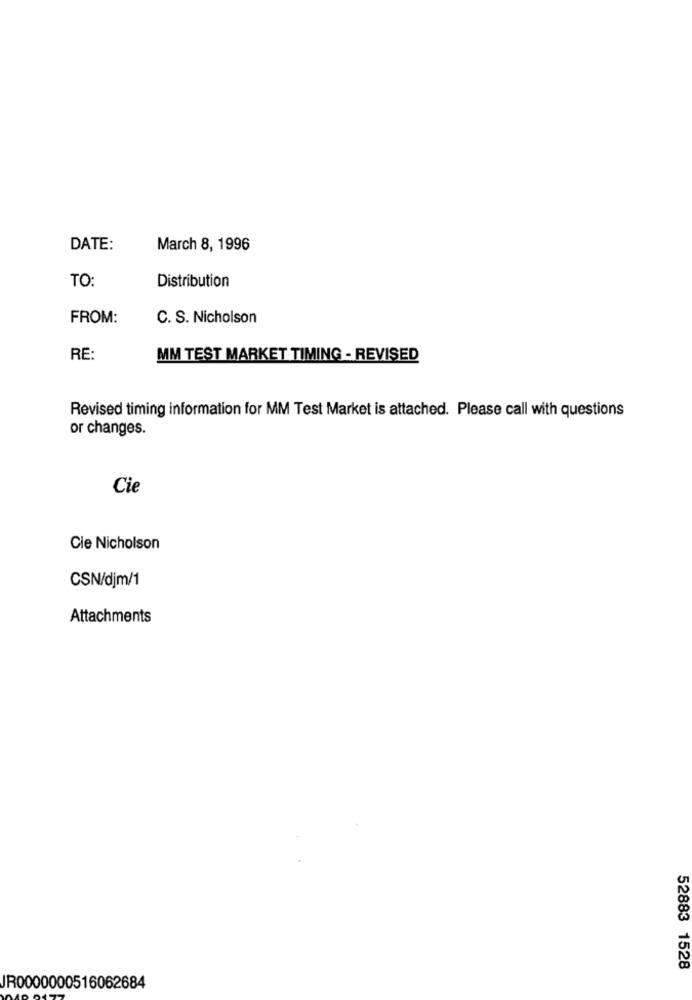
DATE:
March 8, 1996
TO:
Distribution
FROM:
C. S. Nicholson
RE:
MM TEST MARKET TIMING - REVISED
Revised timing information for MM Test Market is attached. Please call with questions
or changes.
Cie
Cie Nicholson
CSN/djm/1
Attachments
52883 1528
JR0000000516062684